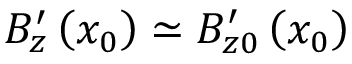
B _ { z } ^ { \prime } \left( x _ { 0 } \right) \simeq B _ { z 0 } ^ { \prime } \left( x _ { 0 } \right)